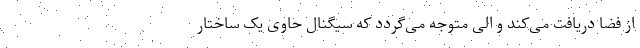
از فضا دریافت می‌کند و الی متوجه می‌گردد که سیگنال حاوی یک ساختار